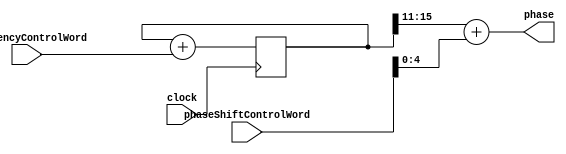
/*
   Numerically Controlled Oscillator
   
   Copyright (C) 2019 Nicola Cimmino

   This program is free software: you can redistribute it and/or modify
    it under the terms of the GNU General Public License as published by
    the Free Software Foundation, either version 3 of the License, or
    (at your option) any later version.

   This program is distributed in the hope that it will be useful,
    but WITHOUT ANY WARRANTY; without even the implied warranty of
    MERCHANTABILITY or FITNESS FOR A PARTICULAR PURPOSE.  See the
    GNU General Public License for more details.

   You should have received a copy of the GNU General Public License
    along with this program.  If not, see http://www.gnu.org/licenses/.

 */
module NCO #(parameter PA_SIZE = 16, parameter PH_SIZE = 5) (
  input [PA_SIZE-1:0] frequencyControlWord,
  input [(PA_SIZE/2)-1:0] phaseShiftControlWord,
  input clock,
  output [PH_SIZE-1:0] phase    
);
	reg [PA_SIZE:0] phaseAccumulator;

	always @(posedge clock) begin		
		phaseAccumulator = phaseAccumulator + frequencyControlWord;
	end
	
	assign phase = phaseAccumulator[PA_SIZE-1:PA_SIZE-PH_SIZE] + phaseShiftControlWord;
	
endmodule